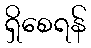
ရှိစေရန်